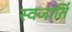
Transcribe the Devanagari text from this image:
स्वजातिं